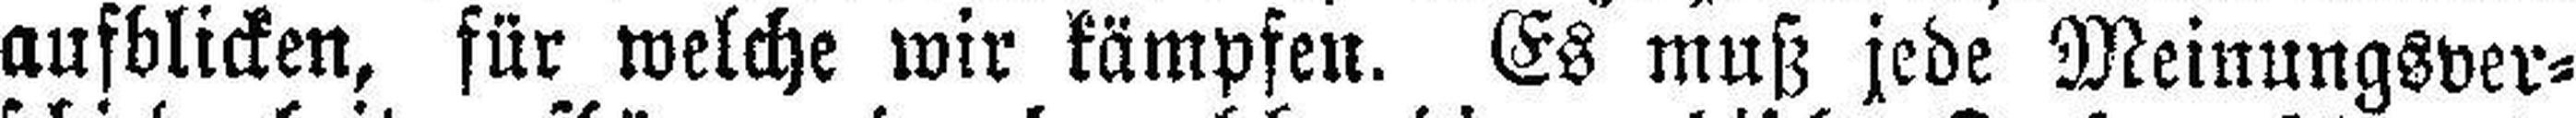
aufblicken, für welche wir kämpfen. Es muß jede Meinungsver¬